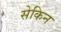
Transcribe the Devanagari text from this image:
सेकिन